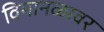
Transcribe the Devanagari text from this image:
विमानळावर